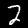
Digit: 2